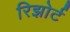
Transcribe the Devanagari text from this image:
रिझोर्ट